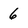
Character: 6